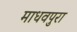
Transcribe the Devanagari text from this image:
माधवपुरा